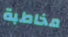
مخاطبة